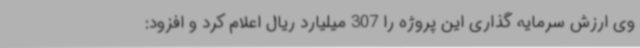
وی ارزش سرمایه گذاری این پروژه را 307 میلیارد ریال اعلام کرد و افزود: